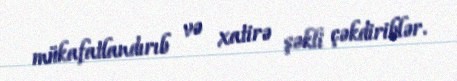
mükafatlandırıb və xatirə şəkli çəkdiriblər.